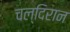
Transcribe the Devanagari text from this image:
चल्दिरान